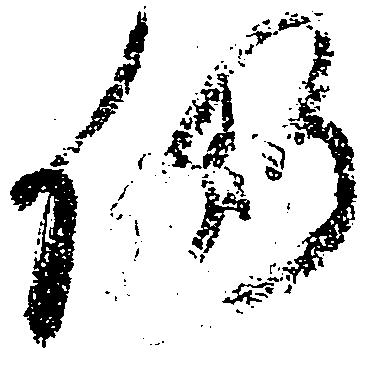
仍